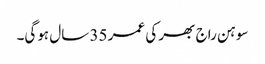
سوہن راج بھر کی عمر 35 سال ہوگی۔